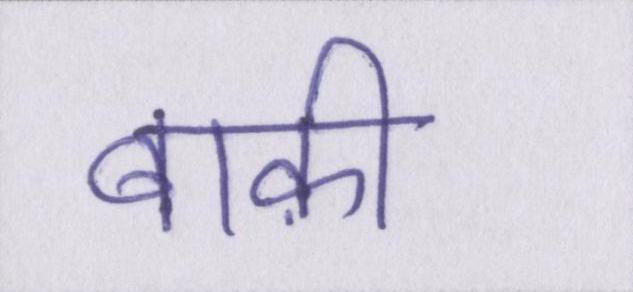
बाक़ी